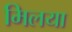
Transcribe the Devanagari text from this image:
मिलया